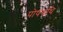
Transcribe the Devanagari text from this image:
पोषग्रंथि